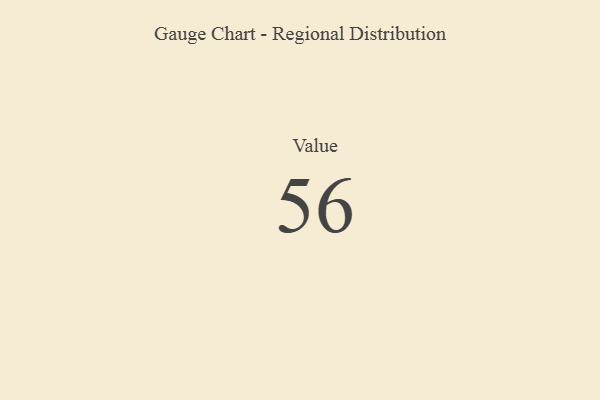
{"axis": {"x": "Metric", "y": "Value"}, "legend": [""], "data": [{"x": "Value", "y": 56, "type": ""}]}